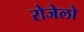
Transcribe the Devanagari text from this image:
रोजेलो